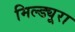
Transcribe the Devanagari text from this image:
मिल्ड्यूरा